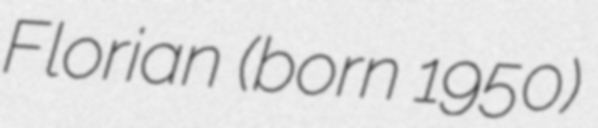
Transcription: Florian (born 1950)